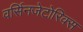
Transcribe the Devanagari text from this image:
वर्सिनजेटोरिक्स